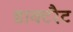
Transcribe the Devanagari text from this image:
डाक्टरैट